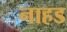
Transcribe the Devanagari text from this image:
नाहड